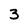
Character: 3